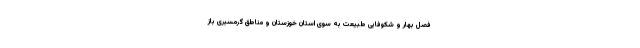
فصل بهار و شکوفایی طبیعت به سوی استان خوزستان و مناطق گرمسیری باز